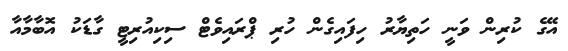
އޭގެ ކުރިން ވަނީ ހަތިޔާރު ހިފައިގެން ހުރި ޕްރައިވެޓް ސިކިއުރިޓީ ގާޑަކު އޮބާމާއާ